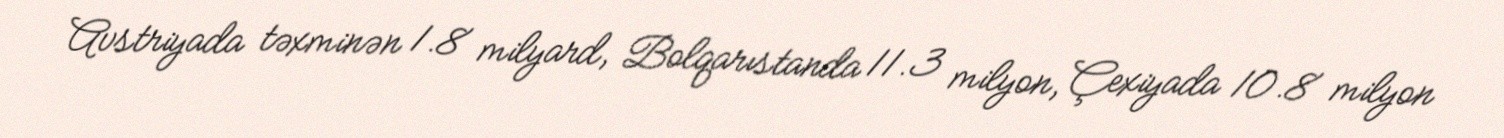
Avstriyada təxminən 1.8 milyard, Bolqarıstanda 11.3 milyon, Çexiyada 10.8 milyon